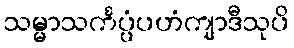
သမ္မာသင်္ကပ္ပံပဟံကျာဒီသုပိ